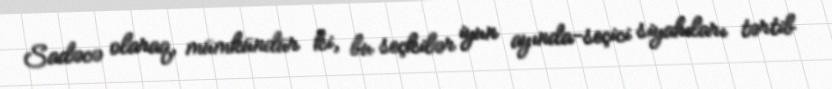
Sadəcə olaraq, mümkündür ki, bu seçkilər iyun ayında-seçici siyahıları tərtib